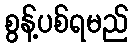
စွန့်ပစ်ရမည်